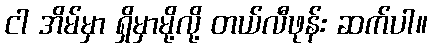
ငါ အိမ်မှာ ရှိမှာမို့လို့ တယ်လီဖုန်း ဆက်ပါ။